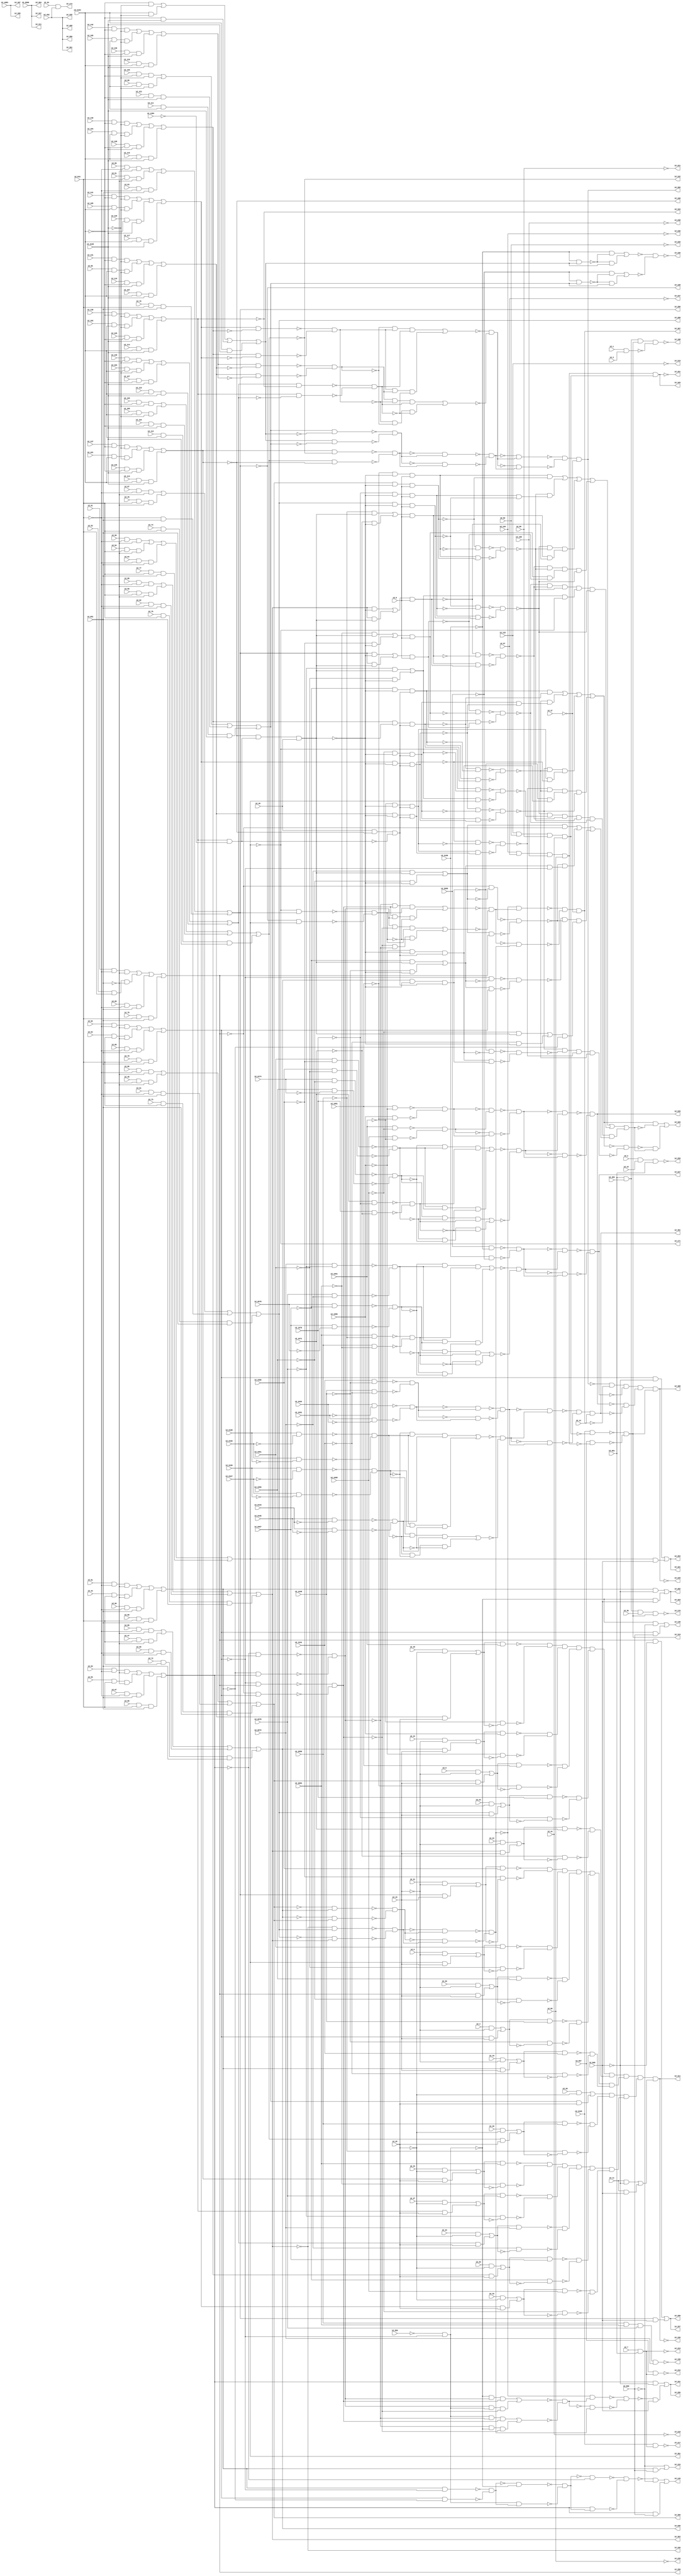
module c2670
( id_1 ,id_2 ,id_3 ,id_4 ,id_5 ,id_6 ,id_7 ,id_8 ,id_11 ,id_14 ,id_15 ,id_16 ,id_19 ,id_20 ,id_21 ,id_22 ,id_23 ,id_24 ,id_25 
,id_26 ,id_27 ,id_28 ,id_29 ,id_32 ,id_33 ,id_34 ,id_35 ,id_36 ,id_37 ,id_40 ,id_43 ,id_44 ,id_47 ,id_48 ,id_49 ,id_50 ,id_51 
,id_52 ,id_53 ,id_54 ,id_55 ,id_56 ,id_57 ,id_60 ,id_61 ,id_62 ,id_63 ,id_64 ,id_65 ,id_66 ,id_67 ,id_68 ,id_69 ,id_72 ,id_73 
,id_74 ,id_75 ,id_76 ,id_77 ,id_78 ,id_79 ,id_80 ,id_81 ,id_82 ,id_85 ,id_86 ,id_87 ,id_88 ,id_89 ,id_90 ,id_91 ,id_92 ,id_93 
,id_94 ,id_95 ,id_96 ,id_99 ,id_100 ,id_101 ,id_102 ,id_103 ,id_104 ,id_105 ,id_106 ,id_107 ,id_108 ,id_111 ,id_112 ,id_113 ,id_114 
,id_115 ,id_116 ,id_117 ,id_118 ,id_119 ,id_120 ,id_123 ,id_124 ,id_125 ,id_126 ,id_127 ,id_128 ,id_129 ,id_130 ,id_131 ,id_132 
,id_135 ,id_136 ,id_137 ,id_138 ,id_139 ,id_140 ,id_141 ,id_142 ,id_452 ,id_483 ,id_543 ,id_559 ,id_567 ,id_651 ,id_661 ,id_860 
,id_868 ,id_1083 ,id_1341 ,id_1348 ,id_1384 ,id_1956 ,id_1961 ,id_1966 ,id_1971 ,id_1976 ,id_1981 ,id_1986 ,id_1991 ,id_1996 
,id_2066 ,id_2067 ,id_2072 ,id_2078 ,id_2084 ,id_2090 ,id_2096 ,id_2100 ,id_2104 ,id_2105 ,id_2106 ,id_2427 ,id_2430 ,id_2435 
,id_2438 ,id_2443 ,id_2446 ,id_2451 ,id_2454 ,id_2474 ,id_2678 ,id_350 ,id_335 ,id_409 ,id_369 ,id_367 ,id_411 ,id_337 ,id_384 
,id_218 ,id_219 ,id_220 ,id_221 ,id_235 ,id_236 ,id_237 ,id_238 ,id_158 ,id_259 ,id_391 ,id_173 ,id_223 ,id_234 ,id_217 ,id_325 
,id_261 ,id_319 ,id_160 ,id_162 ,id_164 ,id_166 ,id_168 ,id_171 ,id_153 ,id_176 ,id_188 ,id_299 ,id_301 ,id_286 ,id_303 ,id_288 
,id_305 ,id_290 ,id_284 ,id_321 ,id_297 ,id_280 ,id_148 ,id_282 ,id_323 ,id_156 ,id_401 ,id_227 ,id_229 ,id_311 ,id_150 ,id_145 
,id_395 ,id_295 ,id_331 ,id_397 ,id_329 ,id_308 ,id_225 /*, id_231*/ );

input id_1, id_2, id_3, id_4, id_5, id_6, id_7, id_8, id_11, id_14, id_15, id_16, id_19, id_20, id_21, id_22, id_23, id_24, id_25, id_26, id_27, id_28, id_29, id_32, id_33, id_34, id_35, id_36, id_37, id_40, id_43, id_44, id_47, id_48, id_49, id_50, id_51, id_52, id_53, id_54, id_55, id_56, id_57, id_60, id_61, id_62, id_63, id_64, id_65, id_66, id_67, id_68, id_69, id_72, id_73, id_74, id_75, id_76, id_77, id_78, id_79, id_80, id_81, id_82, id_85, id_86, id_87, id_88, id_89, id_90, id_91, id_92, id_93, id_94, id_95, id_96, id_99, id_100, id_101, id_102, id_103, id_104, id_105, id_106, id_107, id_108, id_111, id_112, id_113, id_114, id_115, id_116, id_117, id_118, id_119, id_120, id_123, id_124, id_125, id_126, id_127, id_128, id_129, id_130, id_131, id_132, id_135, id_136, id_137, id_138, id_139, id_140, id_141, id_142, id_452, id_483, id_543, id_559, id_567, id_651, id_661, id_860, id_868, id_1083, id_1341, id_1348, id_1384, id_1956, id_1961, id_1966, id_1971, id_1976, id_1981, id_1986, id_1991, id_1996, id_2066, id_2067, id_2072, id_2078, id_2084, id_2090, id_2096, id_2100, id_2104, id_2105, id_2106, id_2427, id_2430, id_2435, id_2438, id_2443, id_2446, id_2451, id_2454, id_2474, id_2678;

output id_350, id_335, id_409, id_369, id_367, id_411, id_337, id_384, id_218, id_219, id_220, id_221, id_235, id_236, id_237, id_238, id_158, id_259, id_391, id_173, id_223, id_234, id_217, id_325, id_261, id_319, id_160, id_162, id_164, id_166, id_168, id_171, id_153, id_176, id_188, id_299, id_301, id_286, id_303, id_288, id_305, id_290, id_284, id_321, id_297, id_280, id_148, id_282, id_323, id_156, id_401, id_227, id_229, id_311, id_150, id_145, id_395, id_295, id_331, id_397, id_329, /*id_231,*/ id_308, id_225;

buf ( id_350, id_452);
buf ( id_335, id_452);
buf ( id_409, id_452);
and ( id_546, id_1, id_3);
not ( id_560, id_559);
buf ( id_369, id_1083);
buf ( id_367, id_1083);
not ( id_1385, id_1384);
buf ( id_411, id_2066);
buf ( id_337, id_2066);
buf ( id_384, id_2066);
and ( id_157, id_2090, id_2084, id_2078, id_2072);
not ( id_547, id_546);
not ( id_218, id_44);
not ( id_219, id_132);
not ( id_220, id_82);
not ( id_221, id_96);
not ( id_235, id_69);
not ( id_236, id_120);
not ( id_237, id_57);
not ( id_238, id_108);
and ( id_258, id_2, id_15, id_661);
buf ( id_480, id_661);
and ( id_486, id_37, id_37);
buf ( id_654, id_452);
buf ( id_655, id_8);
buf ( id_658, id_8);
buf ( id_772, id_543);
buf ( id_795, id_651);
not ( id_865, id_860);
not ( id_875, id_868);
and ( id_882, id_11, id_868);
and ( id_1251, id_132, id_82, id_96, id_44);
and ( id_1254, id_120, id_57, id_108, id_69);
buf ( id_1261, id_543);
buf ( id_1284, id_651);
not ( id_1344, id_1341);
not ( id_1351, id_1348);
buf ( id_1394, id_2104);
buf ( id_1418, id_2105);
not ( id_2433, id_2427);
not ( id_2434, id_2430);
not ( id_2441, id_2435);
not ( id_2442, id_2438);
not ( id_2449, id_2443);
not ( id_2450, id_2446);
not ( id_2478, id_2474);
buf ( id_1631, id_2104);
buf ( id_1655, id_2105);
buf ( id_1710, id_16);
buf ( id_1721, id_16);
not ( id_2682, id_2678);
and ( id_1955, id_7, id_661);
not ( id_1959, id_1956);
not ( id_1964, id_1961);
not ( id_1969, id_1966);
not ( id_1974, id_1971);
not ( id_1979, id_1976);
not ( id_1984, id_1981);
not ( id_1989, id_1986);
not ( id_1994, id_1991);
not ( id_1999, id_1996);
buf ( id_2001, id_29);
buf ( id_2012, id_29);
not ( id_2070, id_2067);
not ( id_2076, id_2072);
not ( id_2082, id_2078);
not ( id_2088, id_2084);
not ( id_2094, id_2090);
not ( id_2099, id_2096);
not ( id_2103, id_2100);
not ( id_2457, id_2451);
not ( id_2458, id_2454);
buf ( id_2461, id_1348);
buf ( id_2464, id_1341);
buf ( id_2471, id_1956);
buf ( id_2479, id_1966);
buf ( id_2482, id_1961);
buf ( id_2487, id_1976);
buf ( id_2490, id_1971);
buf ( id_2495, id_1986);
buf ( id_2498, id_1981);
buf ( id_2505, id_1996);
buf ( id_2508, id_1991);
buf ( id_2675, id_2067);
buf ( id_2683, id_2078);
buf ( id_2686, id_2072);
buf ( id_2691, id_2090);
buf ( id_2694, id_2084);
buf ( id_2699, id_2100);
buf ( id_2702, id_2096);
not ( id_158, id_157);
not ( id_259, id_258);
not ( id_487, id_486);
buf ( id_391, id_654);
nand ( id_1475, id_2430, id_2433);
nand ( id_1476, id_2427, id_2434);
nand ( id_1484, id_2438, id_2441);
nand ( id_1485, id_2435, id_2442);
nand ( id_1493, id_2446, id_2449);
nand ( id_1494, id_2443, id_2450);
nand ( id_2459, id_2454, id_2457);
nand ( id_2460, id_2451, id_2458);
and ( id_173, id_94, id_654);
and ( id_216, id_2106, id_1955);
not ( id_223, id_1955);
nand ( id_234, id_567, id_1955);
not ( id_1253, id_1251);
not ( id_1256, id_1254);
and ( id_558, id_1254, id_1251);
buf ( id_748, id_655);
not ( id_784, id_772);
not ( id_807, id_795);
and ( id_821, id_80, id_772, id_795);
and ( id_825, id_68, id_772, id_795);
and ( id_829, id_79, id_772, id_795);
and ( id_833, id_78, id_772, id_795);
and ( id_837, id_77, id_772, id_795);
and ( id_881, id_11, id_875);
buf ( id_994, id_655);
not ( id_1273, id_1261);
not ( id_1296, id_1284);
and ( id_1310, id_76, id_1261, id_1284);
and ( id_1314, id_75, id_1261, id_1284);
and ( id_1318, id_74, id_1261, id_1284);
and ( id_1322, id_73, id_1261, id_1284);
and ( id_1326, id_72, id_1261, id_1284);
not ( id_1406, id_1394);
not ( id_1430, id_1418);
and ( id_1444, id_114, id_1394, id_1418);
and ( id_1448, id_113, id_1394, id_1418);
and ( id_1452, id_112, id_1394, id_1418);
and ( id_1456, id_111, id_1394, id_1418);
and ( id_1460, id_1394, id_1418);
nand ( id_1477, id_1475, id_1476);
nand ( id_1486, id_1484, id_1485);
nand ( id_1495, id_1493, id_1494);
not ( id_2477, id_2471);
nand ( id_1499, id_2471, id_2478);
not ( id_2485, id_2479);
not ( id_2486, id_2482);
not ( id_2493, id_2487);
not ( id_2494, id_2490);
not ( id_1643, id_1631);
not ( id_1667, id_1655);
and ( id_1681, id_118, id_1631, id_1655);
and ( id_1685, id_107, id_1631, id_1655);
and ( id_1689, id_117, id_1631, id_1655);
and ( id_1693, id_116, id_1631, id_1655);
and ( id_1697, id_115, id_1631, id_1655);
not ( id_1716, id_1710);
not ( id_1728, id_1721);
not ( id_2681, id_2675);
nand ( id_1776, id_2675, id_2682);
not ( id_2689, id_2683);
not ( id_2690, id_2686);
not ( id_2697, id_2691);
not ( id_2698, id_2694);
buf ( id_1831, id_658);
buf ( id_1893, id_658);
not ( id_2007, id_2001);
not ( id_2018, id_2012);
not ( id_2467, id_2461);
not ( id_2468, id_2464);
not ( id_2501, id_2495);
not ( id_2502, id_2498);
not ( id_2511, id_2505);
not ( id_2512, id_2508);
nand ( id_2518, id_2459, id_2460);
buf ( id_2551, id_1344);
buf ( id_2559, id_1351);
buf ( id_2567, id_1959);
buf ( id_2575, id_1964);
buf ( id_2583, id_1969);
buf ( id_2591, id_1974);
buf ( id_2599, id_1979);
buf ( id_2607, id_1984);
buf ( id_2615, id_1989);
buf ( id_2623, id_1994);
not ( id_2705, id_2699);
not ( id_2706, id_2702);
buf ( id_2735, id_1999);
buf ( id_2743, id_2070);
buf ( id_2751, id_2076);
buf ( id_2759, id_2082);
buf ( id_2767, id_2088);
buf ( id_2775, id_2094);
not ( id_217, id_216);
and ( id_550, id_2106, id_1253);
and ( id_552, id_567, id_1256);
buf ( id_325, id_558);
or ( id_894, id_881, id_882);
nand ( id_1498, id_2474, id_2477);
nand ( id_1507, id_2482, id_2485);
nand ( id_1508, id_2479, id_2486);
nand ( id_1516, id_2490, id_2493);
nand ( id_1517, id_2487, id_2494);
nand ( id_1775, id_2678, id_2681);
nand ( id_1784, id_2686, id_2689);
nand ( id_1785, id_2683, id_2690);
nand ( id_1793, id_2694, id_2697);
nand ( id_1794, id_2691, id_2698);
nand ( id_2469, id_2464, id_2467);
nand ( id_2470, id_2461, id_2468);
nand ( id_2503, id_2498, id_2501);
nand ( id_2504, id_2495, id_2502);
nand ( id_2513, id_2508, id_2511);
nand ( id_2514, id_2505, id_2512);
nand ( id_2707, id_2702, id_2705);
nand ( id_2708, id_2699, id_2706);
not ( id_261, id_558);
not ( id_551, id_550);
not ( id_553, id_552);
and ( id_818, id_93, id_784, id_807);
and ( id_819, id_55, id_772, id_807);
and ( id_820, id_67, id_784, id_795);
and ( id_822, id_81, id_784, id_807);
and ( id_823, id_43, id_772, id_807);
and ( id_824, id_56, id_784, id_795);
and ( id_826, id_92, id_784, id_807);
and ( id_827, id_54, id_772, id_807);
and ( id_828, id_66, id_784, id_795);
and ( id_830, id_91, id_784, id_807);
and ( id_831, id_53, id_772, id_807);
and ( id_832, id_65, id_784, id_795);
and ( id_834, id_90, id_784, id_807);
and ( id_835, id_52, id_772, id_807);
and ( id_836, id_64, id_784, id_795);
and ( id_1307, id_89, id_1273, id_1296);
and ( id_1308, id_51, id_1261, id_1296);
and ( id_1309, id_63, id_1273, id_1284);
and ( id_1311, id_88, id_1273, id_1296);
and ( id_1312, id_50, id_1261, id_1296);
and ( id_1313, id_62, id_1273, id_1284);
and ( id_1315, id_87, id_1273, id_1296);
and ( id_1316, id_49, id_1261, id_1296);
and ( id_1317, id_1273, id_1284);
and ( id_1319, id_86, id_1273, id_1296);
and ( id_1320, id_48, id_1261, id_1296);
and ( id_1321, id_61, id_1273, id_1284);
and ( id_1323, id_85, id_1273, id_1296);
and ( id_1324, id_47, id_1261, id_1296);
and ( id_1325, id_60, id_1273, id_1284);
and ( id_1441, id_138, id_1406, id_1430);
and ( id_1442, id_102, id_1394, id_1430);
and ( id_1443, id_126, id_1406, id_1418);
and ( id_1445, id_137, id_1406, id_1430);
and ( id_1446, id_101, id_1394, id_1430);
and ( id_1447, id_125, id_1406, id_1418);
and ( id_1449, id_136, id_1406, id_1430);
and ( id_1450, id_100, id_1394, id_1430);
and ( id_1451, id_124, id_1406, id_1418);
and ( id_1453, id_135, id_1406, id_1430);
and ( id_1454, id_99, id_1394, id_1430);
and ( id_1455, id_123, id_1406, id_1418);
and ( id_1457, id_1406, id_1430);
and ( id_1458, id_1394, id_1430);
and ( id_1459, id_1406, id_1418);
not ( id_1481, id_1477);
not ( id_1490, id_1486);
nand ( id_1500, id_1498, id_1499);
nand ( id_1509, id_1507, id_1508);
nand ( id_1518, id_1516, id_1517);
buf ( id_1521, id_1495);
buf ( id_1525, id_1495);
not ( id_2557, id_2551);
not ( id_2565, id_2559);
not ( id_2573, id_2567);
not ( id_2581, id_2575);
not ( id_2589, id_2583);
not ( id_2597, id_2591);
not ( id_2605, id_2599);
not ( id_2613, id_2607);
not ( id_2621, id_2615);
not ( id_2629, id_2623);
and ( id_1678, id_142, id_1643, id_1667);
and ( id_1679, id_106, id_1631, id_1667);
and ( id_1680, id_130, id_1643, id_1655);
and ( id_1682, id_131, id_1643, id_1667);
and ( id_1683, id_95, id_1631, id_1667);
and ( id_1684, id_119, id_1643, id_1655);
and ( id_1686, id_141, id_1643, id_1667);
and ( id_1687, id_105, id_1631, id_1667);
and ( id_1688, id_129, id_1643, id_1655);
and ( id_1690, id_140, id_1643, id_1667);
and ( id_1691, id_104, id_1631, id_1667);
and ( id_1692, id_128, id_1643, id_1655);
and ( id_1694, id_139, id_1643, id_1667);
and ( id_1695, id_103, id_1631, id_1667);
and ( id_1696, id_127, id_1643, id_1655);
and ( id_1734, id_19, id_1716);
and ( id_1736, id_4, id_1716);
and ( id_1738, id_20, id_1716);
and ( id_1740, id_5, id_1716);
and ( id_1742, id_21, id_1728);
and ( id_1744, id_22, id_1728);
and ( id_1746, id_23, id_1728);
and ( id_1748, id_6, id_1728);
and ( id_1750, id_24, id_1728);
nand ( id_1777, id_1775, id_1776);
nand ( id_1786, id_1784, id_1785);
nand ( id_1795, id_1793, id_1794);
and ( id_2023, id_25, id_2007);
and ( id_2025, id_32, id_2007);
and ( id_2027, id_26, id_2007);
and ( id_2029, id_33, id_2007);
and ( id_2031, id_27, id_2018);
and ( id_2033, id_34, id_2018);
and ( id_2035, id_35, id_2018);
and ( id_2037, id_28, id_2018);
not ( id_2741, id_2735);
not ( id_2749, id_2743);
not ( id_2757, id_2751);
not ( id_2765, id_2759);
not ( id_2773, id_2767);
not ( id_2781, id_2775);
nand ( id_2515, id_2469, id_2470);
not ( id_2522, id_2518);
nand ( id_2525, id_2513, id_2514);
nand ( id_2528, id_2503, id_2504);
nand ( id_2730, id_2707, id_2708);
and ( id_554, id_551, id_553);
or ( id_838, id_818, id_819, id_820, id_821);
or ( id_841, id_822, id_823, id_824, id_825);
or ( id_846, id_826, id_827, id_828, id_829);
or ( id_854, id_830, id_831, id_832, id_833);
or ( id_857, id_834, id_835, id_836, id_837);
or ( id_1327, id_1307, id_1308, id_1309, id_1310);
or ( id_1329, id_1311, id_1312, id_1313, id_1314);
or ( id_1331, id_1315, id_1316, id_1317, id_1318);
or ( id_1333, id_1319, id_1320, id_1321, id_1322);
or ( id_1335, id_1323, id_1324, id_1325, id_1326);
or ( id_1461, id_1441, id_1442, id_1443, id_1444);
or ( id_1464, id_1445, id_1446, id_1447, id_1448);
or ( id_1467, id_1449, id_1450, id_1451, id_1452);
or ( id_1470, id_1453, id_1454, id_1455, id_1456);
or ( id_1473, id_1457, id_1458, id_1459, id_1460);
or ( id_1698, id_1682, id_1683, id_1684, id_1685);
or ( id_1701, id_1686, id_1687, id_1688, id_1689);
or ( id_1704, id_1690, id_1691, id_1692, id_1693);
or ( id_1707, id_1694, id_1695, id_1696, id_1697);
or ( id_2634, id_1678, id_1679, id_1680, id_1681);
buf ( id_319, id_554);
not ( id_1504, id_1500);
not ( id_1513, id_1509);
not ( id_1524, id_1521);
not ( id_1528, id_1525);
buf ( id_1529, id_1518);
buf ( id_1533, id_1518);
and ( id_1538, id_1486, id_1477, id_1521);
and ( id_1541, id_1490, id_1481, id_1525);
not ( id_1781, id_1777);
not ( id_1790, id_1786);
buf ( id_1806, id_1795);
buf ( id_1810, id_1795);
not ( id_2734, id_2730);
not ( id_2521, id_2515);
nand ( id_2524, id_2515, id_2522);
not ( id_2531, id_2525);
not ( id_2532, id_2528);
and ( id_144, id_838, id_860);
and ( id_147, id_846, id_860);
and ( id_152, id_841, id_860);
not ( id_160, id_1464);
not ( id_162, id_1467);
not ( id_164, id_1461);
not ( id_166, id_1329);
not ( id_168, id_1327);
not ( id_171, id_857);
and ( id_175, id_480, id_483, id_36, id_554);
and ( id_187, id_480, id_483, id_554, id_547);
buf ( id_516, id_838);
not ( id_852, id_846);
and ( id_885, id_841, id_875);
and ( id_887, id_846, id_875);
and ( id_893, id_1327, id_868);
not ( id_1028, id_838);
not ( id_1031, id_841);
not ( id_1035, id_846);
buf ( id_1041, id_854);
buf ( id_1049, id_857);
buf ( id_1057, id_1327);
buf ( id_1060, id_1329);
buf ( id_1066, id_1331);
buf ( id_1072, id_1333);
buf ( id_1078, id_1335);
nand ( id_1213, id_2099, id_1470);
nand ( id_1218, id_2103, id_1473);
buf ( id_1250, id_1704);
and ( id_1387, id_1461, id_1385);
not ( id_1389, id_1464);
and ( id_1537, id_1481, id_1486, id_1524);
and ( id_1540, id_1477, id_1490, id_1528);
and ( id_1735, id_841, id_1710);
and ( id_1737, id_846, id_1710);
and ( id_1739, id_854, id_1710);
and ( id_1741, id_857, id_1710);
and ( id_1743, id_1327, id_1721);
and ( id_1745, id_1329, id_1721);
and ( id_1747, id_1331, id_1721);
and ( id_1749, id_1333, id_1721);
and ( id_1751, id_1335, id_1721);
not ( id_2638, id_2634);
and ( id_2024, id_1698, id_2001);
and ( id_2026, id_1701, id_2001);
and ( id_2028, id_1704, id_2001);
and ( id_2030, id_1707, id_2001);
and ( id_2032, id_1461, id_2012);
and ( id_2034, id_1464, id_2012);
and ( id_2036, id_1467, id_2012);
and ( id_2038, id_1470, id_2012);
buf ( id_2154, id_841);
nand ( id_2523, id_2518, id_2521);
nand ( id_2533, id_2528, id_2531);
nand ( id_2534, id_2525, id_2532);
buf ( id_2631, id_1698);
buf ( id_2639, id_1704);
buf ( id_2642, id_1701);
buf ( id_2647, id_1461);
buf ( id_2650, id_1707);
buf ( id_2655, id_1467);
buf ( id_2658, id_1464);
buf ( id_2665, id_1473);
buf ( id_2668, id_1470);
or ( id_153, id_865, id_152);
not ( id_176, id_175);
not ( id_188, id_187);
buf ( id_299, id_1041);
buf ( id_301, id_1049);
buf ( id_286, id_1057);
buf ( id_303, id_1060);
buf ( id_288, id_1066);
buf ( id_305, id_1072);
buf ( id_290, id_1078);
not ( id_1532, id_1529);
not ( id_1536, id_1533);
nor ( id_1539, id_1537, id_1538);
nor ( id_1542, id_1540, id_1541);
and ( id_1544, id_1509, id_1500, id_1529);
and ( id_1547, id_1513, id_1504, id_1533);
or ( id_2065, id_2037, id_2038);
not ( id_1809, id_1806);
not ( id_1813, id_1810);
and ( id_1821, id_1786, id_1777, id_1806);
and ( id_1824, id_1790, id_1781, id_1810);
nand ( id_2538, id_2523, id_2524);
nand ( id_2546, id_2533, id_2534);
or ( id_2554, id_1734, id_1735);
or ( id_2562, id_1736, id_1737);
or ( id_2570, id_1738, id_1739);
or ( id_2578, id_1740, id_1741);
or ( id_2586, id_1742, id_1743);
or ( id_2594, id_1744, id_1745);
or ( id_2602, id_1746, id_1747);
or ( id_2610, id_1748, id_1749);
or ( id_2618, id_1750, id_1751);
or ( id_2626, id_2023, id_2024);
or ( id_2738, id_2025, id_2026);
or ( id_2746, id_2027, id_2028);
or ( id_2754, id_2029, id_2030);
or ( id_2762, id_2031, id_2032);
or ( id_2770, id_2033, id_2034);
or ( id_2778, id_2035, id_2036);
and ( id_456, id_1389, id_1387, id_40);
not ( id_466, id_1387);
nand ( id_562, id_560, id_852);
and ( id_883, id_516, id_875);
and ( id_889, id_1049, id_868);
and ( id_891, id_1041, id_875);
not ( id_1043, id_1041);
not ( id_1051, id_1049);
not ( id_1062, id_1060);
not ( id_1068, id_1066);
not ( id_1074, id_1072);
not ( id_1080, id_1078);
and ( id_1225, id_2099, id_1213);
and ( id_1227, id_1213, id_1470);
and ( id_1232, id_2103, id_1218);
and ( id_1234, id_1218, id_1473);
and ( id_1543, id_1504, id_1509, id_1532);
and ( id_1546, id_1500, id_1513, id_1536);
not ( id_2637, id_2631);
nand ( id_1753, id_2631, id_2638);
not ( id_2645, id_2639);
not ( id_2646, id_2642);
not ( id_2653, id_2647);
not ( id_2654, id_2650);
and ( id_1820, id_1781, id_1786, id_1809);
and ( id_1823, id_1777, id_1790, id_1813);
buf ( id_2107, id_1031);
buf ( id_2110, id_1028);
buf ( id_2118, id_1035);
not ( id_2123, id_1057);
not ( id_2151, id_852);
not ( id_2158, id_2154);
buf ( id_2161, id_1031);
buf ( id_2164, id_1028);
buf ( id_2172, id_1035);
buf ( id_2235, id_516);
buf ( id_2262, id_1035);
buf ( id_2350, id_1035);
nand ( id_2535, id_1542, id_1539);
not ( id_2661, id_2655);
not ( id_2662, id_2658);
not ( id_2671, id_2665);
not ( id_2672, id_2668);
and ( id_468, id_40, id_1389, id_466);
or ( id_897, id_887, id_889);
or ( id_898, id_891, id_893);
or ( id_1228, id_1225, id_1227);
or ( id_1235, id_1232, id_1234);
nor ( id_1545, id_1543, id_1544);
nor ( id_1548, id_1546, id_1547);
not ( id_2542, id_2538);
not ( id_2550, id_2546);
nand ( id_1561, id_2554, id_2557);
not ( id_2558, id_2554);
nand ( id_1565, id_2562, id_2565);
not ( id_2566, id_2562);
nand ( id_1569, id_2570, id_2573);
not ( id_2574, id_2570);
nand ( id_1573, id_2578, id_2581);
not ( id_2582, id_2578);
nand ( id_1577, id_2586, id_2589);
not ( id_2590, id_2586);
nand ( id_1581, id_2594, id_2597);
not ( id_2598, id_2594);
nand ( id_1585, id_2602, id_2605);
not ( id_2606, id_2602);
nand ( id_1589, id_2610, id_2613);
not ( id_2614, id_2610);
nand ( id_1593, id_2618, id_2621);
not ( id_2622, id_2618);
nand ( id_1597, id_2626, id_2629);
not ( id_2630, id_2626);
nand ( id_1752, id_2634, id_2637);
nand ( id_1761, id_2642, id_2645);
nand ( id_1762, id_2639, id_2646);
nand ( id_1770, id_2650, id_2653);
nand ( id_1771, id_2647, id_2654);
nor ( id_1822, id_1820, id_1821);
nor ( id_1825, id_1823, id_1824);
nand ( id_2039, id_2738, id_2741);
not ( id_2742, id_2738);
nand ( id_2043, id_2746, id_2749);
not ( id_2750, id_2746);
nand ( id_2047, id_2754, id_2757);
not ( id_2758, id_2754);
nand ( id_2051, id_2762, id_2765);
not ( id_2766, id_2762);
nand ( id_2055, id_2770, id_2773);
not ( id_2774, id_2770);
nand ( id_2059, id_2778, id_2781);
not ( id_2782, id_2778);
nand ( id_2663, id_2658, id_2661);
nand ( id_2664, id_2655, id_2662);
nand ( id_2673, id_2668, id_2671);
nand ( id_2674, id_2665, id_2672);
and ( id_146, id_562, id_865);
not ( id_462, id_456);
not ( id_2113, id_2107);
not ( id_2114, id_2110);
not ( id_2122, id_2118);
not ( id_2129, id_2123);
buf ( id_592, id_562);
not ( id_2167, id_2161);
not ( id_2168, id_2164);
not ( id_2176, id_2172);
not ( id_2241, id_2235);
not ( id_2266, id_2262);
not ( id_743, id_456);
buf ( id_749, id_456);
and ( id_886, id_562, id_868);
buf ( id_284, id_897);
buf ( id_321, id_897);
buf ( id_297, id_898);
buf ( id_280, id_898);
buf ( id_995, id_456);
not ( id_1006, id_456);
nand ( id_1550, id_2535, id_2542);
not ( id_2354, id_2350);
not ( id_2541, id_2535);
nand ( id_1562, id_2551, id_2558);
nand ( id_1566, id_2559, id_2566);
nand ( id_1570, id_2567, id_2574);
nand ( id_1574, id_2575, id_2582);
nand ( id_1578, id_2583, id_2590);
nand ( id_1582, id_2591, id_2598);
nand ( id_1586, id_2599, id_2606);
nand ( id_1590, id_2607, id_2614);
nand ( id_1594, id_2615, id_2622);
nand ( id_1598, id_2623, id_2630);
nand ( id_1754, id_1752, id_1753);
nand ( id_1763, id_1761, id_1762);
nand ( id_1772, id_1770, id_1771);
nand ( id_2040, id_2735, id_2742);
nand ( id_2044, id_2743, id_2750);
nand ( id_2048, id_2751, id_2758);
nand ( id_2052, id_2759, id_2766);
nand ( id_2056, id_2767, id_2774);
nand ( id_2060, id_2775, id_2782);
buf ( id_2115, id_1043);
buf ( id_2126, id_1051);
buf ( id_2131, id_1068);
buf ( id_2134, id_1062);
buf ( id_2141, id_1080);
buf ( id_2144, id_1074);
not ( id_2157, id_2151);
nand ( id_2160, id_2151, id_2158);
buf ( id_2169, id_1043);
buf ( id_2177, id_1068);
buf ( id_2180, id_1062);
buf ( id_2187, id_1080);
buf ( id_2190, id_1074);
not ( id_2207, id_562);
buf ( id_2254, id_1043);
buf ( id_2334, id_1051);
buf ( id_2342, id_1043);
buf ( id_2422, id_1051);
nand ( id_2543, id_1548, id_1545);
nand ( id_2709, id_2673, id_2674);
nand ( id_2712, id_2663, id_2664);
nand ( id_2727, id_1825, id_1822);
or ( id_148, id_146, id_147);
nand ( id_569, id_2110, id_2113);
nand ( id_570, id_2107, id_2114);
nand ( id_599, id_2164, id_2167);
nand ( id_600, id_2161, id_2168);
or ( id_896, id_885, id_886);
nand ( id_1549, id_2538, id_2541);
not ( id_1243, id_1228);
not ( id_1245, id_1235);
buf ( id_1257, id_468);
buf ( id_1258, id_468);
nand ( id_1563, id_1561, id_1562);
nand ( id_1567, id_1565, id_1566);
nand ( id_1571, id_1569, id_1570);
nand ( id_1575, id_1573, id_1574);
nand ( id_1579, id_1577, id_1578);
nand ( id_1583, id_1581, id_1582);
nand ( id_1587, id_1585, id_1586);
nand ( id_1591, id_1589, id_1590);
nand ( id_1595, id_1593, id_1594);
nand ( id_1599, id_1597, id_1598);
nand ( id_2041, id_2039, id_2040);
nand ( id_2045, id_2043, id_2044);
nand ( id_2049, id_2047, id_2048);
nand ( id_2053, id_2051, id_2052);
nand ( id_2057, id_2055, id_2056);
nand ( id_2061, id_2059, id_2060);
nand ( id_2159, id_2154, id_2157);
buf ( id_475, id_462);
and ( id_490, id_1078, id_743);
and ( id_496, id_1698, id_743);
and ( id_502, id_1701, id_743);
and ( id_508, id_1250, id_743);
and ( id_765, id_1057, id_749);
and ( id_769, id_1060, id_749);
nand ( id_571, id_569, id_570);
not ( id_2121, id_2115);
nand ( id_579, id_2115, id_2122);
nand ( id_587, id_2126, id_2129);
not ( id_2130, id_2126);
not ( id_596, id_592);
nand ( id_601, id_599, id_600);
not ( id_2175, id_2169);
nand ( id_609, id_2169, id_2176);
not ( id_2258, id_2254);
and ( id_1014, id_1057, id_995);
and ( id_1018, id_1060, id_995);
and ( id_717, id_1078, id_1006);
and ( id_723, id_1698, id_1006);
and ( id_729, id_1701, id_1006);
and ( id_735, id_1250, id_1006);
not ( id_753, id_749);
buf ( id_282, id_896);
buf ( id_323, id_896);
not ( id_2338, id_2334);
not ( id_999, id_995);
nand ( id_1091, id_1549, id_1550);
not ( id_2346, id_2342);
not ( id_2426, id_2422);
buf ( id_1337, id_462);
not ( id_2549, id_2543);
nand ( id_1552, id_2543, id_2550);
not ( id_1600, id_1599);
not ( id_1596, id_1595);
not ( id_1592, id_1591);
not ( id_1588, id_1587);
not ( id_1584, id_1583);
not ( id_1580, id_1579);
not ( id_1576, id_1575);
not ( id_1572, id_1571);
not ( id_1568, id_1567);
not ( id_1564, id_1563);
not ( id_2062, id_2061);
not ( id_2058, id_2057);
not ( id_2054, id_2053);
not ( id_2050, id_2049);
not ( id_2046, id_2045);
not ( id_2042, id_2041);
not ( id_1758, id_1754);
not ( id_1767, id_1763);
buf ( id_1798, id_1772);
buf ( id_1802, id_1772);
not ( id_2733, id_2727);
nand ( id_1829, id_2727, id_2734);
not ( id_2137, id_2131);
not ( id_2138, id_2134);
not ( id_2147, id_2141);
not ( id_2148, id_2144);
not ( id_2183, id_2177);
not ( id_2184, id_2180);
not ( id_2193, id_2187);
not ( id_2194, id_2190);
nand ( id_2210, id_2159, id_2160);
not ( id_2213, id_2207);
not ( id_2715, id_2709);
not ( id_2716, id_2712);
and ( id_1094, id_1235, id_1245);
and ( id_1096, id_1228, id_1243);
nand ( id_578, id_2118, id_2121);
nand ( id_588, id_2123, id_2130);
nand ( id_608, id_2172, id_2175);
buf ( id_742, id_1257);
buf ( id_1005, id_1257);
not ( id_1092, id_1091);
nand ( id_1551, id_2546, id_2549);
and ( id_1554, id_1600, id_1596, id_1592, id_1588, id_1584);
and ( id_1555, id_1580, id_1576, id_1572, id_1568, id_1564);
and ( id_1557, id_2065, id_2062);
and ( id_1558, id_2058, id_2054, id_2050, id_2046, id_2042);
nand ( id_1828, id_2730, id_2733);
buf ( id_1845, id_1258);
buf ( id_1907, id_1258);
nand ( id_2139, id_2134, id_2137);
nand ( id_2140, id_2131, id_2138);
nand ( id_2149, id_2144, id_2147);
nand ( id_2150, id_2141, id_2148);
nand ( id_2185, id_2180, id_2183);
nand ( id_2186, id_2177, id_2184);
nand ( id_2195, id_2190, id_2193);
nand ( id_2196, id_2187, id_2194);
nand ( id_2717, id_2712, id_2715);
nand ( id_2718, id_2709, id_2716);
or ( id_154, id_1094, id_1245);
or ( id_155, id_1096, id_1243);
and ( id_763, id_1057, id_753);
and ( id_767, id_1060, id_753);
and ( id_531, id_1066, id_753);
and ( id_537, id_1072, id_753);
not ( id_575, id_571);
nand ( id_580, id_578, id_579);
nand ( id_589, id_587, id_588);
not ( id_605, id_601);
nand ( id_610, id_608, id_609);
and ( id_1012, id_1057, id_999);
and ( id_1016, id_1060, id_999);
and ( id_705, id_1066, id_999);
and ( id_711, id_1072, id_999);
and ( id_1093, id_1092, id_14);
buf ( id_1355, id_475);
nand ( id_1553, id_1551, id_1552);
and ( id_1556, id_1554, id_1555);
and ( id_1559, id_1557, id_1558);
buf ( id_1601, id_1337);
not ( id_1801, id_1798);
not ( id_1805, id_1802);
and ( id_1815, id_1763, id_1754, id_1798);
and ( id_1818, id_1767, id_1758, id_1802);
nand ( id_1830, id_1828, id_1829);
buf ( id_1836, id_475);
buf ( id_1850, id_475);
buf ( id_1898, id_1337);
buf ( id_1912, id_1337);
nand ( id_2197, id_2149, id_2150);
nand ( id_2200, id_2139, id_2140);
not ( id_2214, id_2210);
nand ( id_2215, id_2210, id_2213);
nand ( id_2217, id_2195, id_2196);
nand ( id_2220, id_2185, id_2186);
nand ( id_2722, id_2717, id_2718);
nand ( id_156, id_154, id_155);
and ( id_492, id_490, id_742);
and ( id_498, id_496, id_742);
and ( id_504, id_502, id_742);
and ( id_510, id_508, id_742);
or ( id_519, id_763, id_765);
or ( id_525, id_767, id_769);
and ( id_533, id_531, id_748);
and ( id_539, id_537, id_748);
or ( id_693, id_1012, id_1014);
or ( id_699, id_1016, id_1018);
and ( id_707, id_705, id_994);
and ( id_713, id_711, id_994);
and ( id_719, id_717, id_1005);
and ( id_725, id_723, id_1005);
and ( id_731, id_729, id_1005);
and ( id_737, id_735, id_1005);
buf ( id_401, id_1093);
and ( id_1560, id_1556, id_1559, id_894);
and ( id_1814, id_1758, id_1763, id_1801);
and ( id_1817, id_1754, id_1767, id_1805);
nand ( id_2216, id_2207, id_2214);
not ( id_227, id_1830);
not ( id_229, id_1553);
not ( id_493, id_492);
not ( id_499, id_498);
not ( id_505, id_504);
not ( id_511, id_510);
and ( id_521, id_519, id_748);
and ( id_527, id_525, id_748);
not ( id_534, id_533);
not ( id_540, id_539);
not ( id_584, id_580);
buf ( id_613, id_589);
buf ( id_617, id_589);
buf ( id_621, id_610);
buf ( id_625, id_610);
and ( id_676, id_1344, id_1355);
and ( id_695, id_693, id_994);
and ( id_701, id_699, id_994);
not ( id_708, id_707);
not ( id_714, id_713);
not ( id_720, id_719);
not ( id_726, id_725);
not ( id_732, id_731);
not ( id_738, id_737);
not ( id_1087, id_1093);
and ( id_1108, id_1344, id_1601);
not ( id_1361, id_1355);
and ( id_1369, id_1351, id_1355);
and ( id_1373, id_1959, id_1355);
and ( id_1377, id_1964, id_1355);
buf ( id_311, id_1560);
not ( id_1607, id_1601);
and ( id_1615, id_1351, id_1601);
and ( id_1619, id_1959, id_1601);
and ( id_1623, id_1964, id_1601);
nor ( id_1816, id_1814, id_1815);
nor ( id_1819, id_1817, id_1818);
not ( id_2726, id_2722);
not ( id_1842, id_1836);
and ( id_1858, id_1969, id_1836);
and ( id_1863, id_1974, id_1836);
and ( id_1866, id_1979, id_1836);
and ( id_1868, id_1984, id_1836);
and ( id_1870, id_1989, id_1850);
and ( id_1872, id_1994, id_1850);
and ( id_1874, id_1999, id_1850);
and ( id_1876, id_2070, id_1850);
not ( id_1904, id_1898);
and ( id_1920, id_1969, id_1898);
and ( id_1925, id_1974, id_1898);
and ( id_1928, id_1979, id_1898);
and ( id_1930, id_1984, id_1898);
and ( id_1932, id_1989, id_1912);
and ( id_1934, id_1994, id_1912);
and ( id_1936, id_1999, id_1912);
and ( id_1938, id_2070, id_1912);
not ( id_2203, id_2197);
not ( id_2204, id_2200);
not ( id_2223, id_2217);
not ( id_2224, id_2220);
nand ( id_2238, id_2215, id_2216);
not ( id_150, id_1560);
not ( id_522, id_521);
not ( id_528, id_527);
not ( id_696, id_695);
not ( id_702, id_701);
and ( id_1881, id_1866, id_1831);
and ( id_1883, id_1868, id_1831);
and ( id_1885, id_1870, id_1845);
and ( id_1887, id_1872, id_1845);
and ( id_1889, id_1874, id_1845);
and ( id_1891, id_1876, id_1845);
and ( id_1943, id_1928, id_1893);
and ( id_1945, id_1930, id_1893);
and ( id_1947, id_1932, id_1907);
and ( id_1949, id_1934, id_1907);
and ( id_1951, id_1936, id_1907);
and ( id_1953, id_1938, id_1907);
nand ( id_2205, id_2200, id_2203);
nand ( id_2206, id_2197, id_2204);
nand ( id_2225, id_2220, id_2223);
nand ( id_2226, id_2217, id_2224);
nand ( id_2719, id_1819, id_1816);
not ( id_616, id_613);
not ( id_620, id_617);
not ( id_624, id_621);
not ( id_628, id_625);
and ( id_630, id_580, id_571, id_613);
and ( id_633, id_584, id_575, id_617);
and ( id_636, id_601, id_592, id_621);
and ( id_639, id_605, id_596, id_625);
nand ( id_645, id_2238, id_2241);
not ( id_2242, id_2238);
and ( id_675, id_1999, id_1361);
and ( id_1107, id_1999, id_1607);
and ( id_1368, id_2070, id_1361);
and ( id_1371, id_2076, id_1361);
and ( id_1375, id_2082, id_1361);
and ( id_1614, id_2070, id_1607);
and ( id_1617, id_2076, id_1607);
and ( id_1621, id_2082, id_1607);
and ( id_1856, id_2088, id_1842);
and ( id_1861, id_2094, id_1842);
and ( id_1918, id_2088, id_1904);
and ( id_1923, id_2094, id_1904);
nand ( id_2230, id_2205, id_2206);
nand ( id_2246, id_2225, id_2226);
buf ( id_2270, id_511);
buf ( id_2278, id_505);
buf ( id_2286, id_499);
buf ( id_2294, id_493);
buf ( id_2302, id_540);
buf ( id_2310, id_534);
buf ( id_2358, id_738);
buf ( id_2366, id_732);
buf ( id_2374, id_726);
buf ( id_2382, id_720);
buf ( id_2390, id_714);
buf ( id_2398, id_708);
and ( id_629, id_575, id_580, id_616);
and ( id_632, id_571, id_584, id_620);
and ( id_635, id_596, id_601, id_624);
and ( id_638, id_592, id_605, id_628);
nand ( id_646, id_2235, id_2242);
or ( id_677, id_675, id_676);
nand ( id_1827, id_2719, id_2726);
and ( id_907, id_1891, id_511);
and ( id_915, id_1889, id_505);
and ( id_922, id_1887, id_499);
and ( id_924, id_493, id_1885);
and ( id_937, id_1883, id_540);
and ( id_946, id_1881, id_534);
or ( id_1109, id_1107, id_1108);
and ( id_1125, id_1953, id_738);
and ( id_1133, id_1951, id_732);
and ( id_1140, id_1949, id_726);
and ( id_1142, id_720, id_1947);
and ( id_1155, id_1945, id_714);
and ( id_1164, id_1943, id_708);
or ( id_1378, id_1368, id_1369);
or ( id_1380, id_1371, id_1373);
or ( id_1382, id_1375, id_1377);
or ( id_1624, id_1614, id_1615);
or ( id_1626, id_1617, id_1619);
or ( id_1628, id_1621, id_1623);
not ( id_2725, id_2719);
or ( id_1859, id_1856, id_1858);
or ( id_1864, id_1861, id_1863);
or ( id_1921, id_1918, id_1920);
or ( id_1926, id_1923, id_1925);
buf ( id_2267, id_1891);
buf ( id_2275, id_1889);
buf ( id_2283, id_1887);
buf ( id_2291, id_1885);
buf ( id_2299, id_1883);
buf ( id_2307, id_1881);
buf ( id_2318, id_528);
buf ( id_2326, id_522);
buf ( id_2355, id_1953);
buf ( id_2363, id_1951);
buf ( id_2371, id_1949);
buf ( id_2379, id_1947);
buf ( id_2387, id_1945);
buf ( id_2395, id_1943);
buf ( id_2406, id_702);
buf ( id_2414, id_696);
nand ( id_647, id_645, id_646);
nor ( id_631, id_629, id_630);
nor ( id_634, id_632, id_633);
nor ( id_637, id_635, id_636);
nor ( id_640, id_638, id_639);
not ( id_2234, id_2230);
not ( id_2250, id_2246);
and ( id_679, id_677, id_1031);
nand ( id_1826, id_2722, id_2725);
not ( id_2274, id_2270);
not ( id_2282, id_2278);
not ( id_2290, id_2286);
not ( id_2298, id_2294);
not ( id_2306, id_2302);
not ( id_2314, id_2310);
and ( id_1110, id_1109, id_1031);
not ( id_2362, id_2358);
not ( id_2370, id_2366);
not ( id_2378, id_2374);
not ( id_2386, id_2382);
not ( id_2394, id_2390);
not ( id_2402, id_2398);
and ( id_1877, id_1859, id_1831);
and ( id_1879, id_1864, id_1831);
and ( id_1939, id_1921, id_1893);
and ( id_1941, id_1926, id_1893);
and ( id_143, id_647, id_865);
and ( id_671, id_1380, id_1043);
and ( id_674, id_1378, id_1035);
nand ( id_686, id_1826, id_1827);
not ( id_2273, id_2267);
nand ( id_900, id_2267, id_2274);
not ( id_2281, id_2275);
nand ( id_909, id_2275, id_2282);
not ( id_2289, id_2283);
nand ( id_917, id_2283, id_2290);
not ( id_2297, id_2291);
nand ( id_926, id_2291, id_2298);
not ( id_2305, id_2299);
nand ( id_929, id_2299, id_2306);
not ( id_2313, id_2307);
nand ( id_939, id_2307, id_2314);
not ( id_2322, id_2318);
not ( id_2330, id_2326);
and ( id_967, id_1382, id_1051);
and ( id_1104, id_1626, id_1043);
and ( id_1106, id_1624, id_1035);
not ( id_2361, id_2355);
nand ( id_1118, id_2355, id_2362);
not ( id_2369, id_2363);
nand ( id_1127, id_2363, id_2370);
not ( id_2377, id_2371);
nand ( id_1135, id_2371, id_2378);
not ( id_2385, id_2379);
nand ( id_1144, id_2379, id_2386);
not ( id_2393, id_2387);
nand ( id_1147, id_2387, id_2394);
not ( id_2401, id_2395);
nand ( id_1157, id_2395, id_2402);
not ( id_2410, id_2406);
not ( id_2418, id_2414);
and ( id_1184, id_1628, id_1051);
nand ( id_2227, id_634, id_631);
nand ( id_2243, id_640, id_637);
buf ( id_2251, id_1380);
buf ( id_2259, id_1378);
buf ( id_2331, id_1382);
buf ( id_2339, id_1626);
buf ( id_2347, id_1624);
buf ( id_2419, id_1628);
or ( id_145, id_143, id_144);
not ( id_687, id_686);
nand ( id_899, id_2270, id_2273);
nand ( id_908, id_2278, id_2281);
nand ( id_916, id_2286, id_2289);
nand ( id_925, id_2294, id_2297);
nand ( id_928, id_2302, id_2305);
nand ( id_938, id_2310, id_2313);
and ( id_954, id_1879, id_528);
and ( id_961, id_1877, id_522);
nand ( id_1117, id_2358, id_2361);
nand ( id_1126, id_2366, id_2369);
nand ( id_1134, id_2374, id_2377);
nand ( id_1143, id_2382, id_2385);
nand ( id_1146, id_2390, id_2393);
nand ( id_1156, id_2398, id_2401);
and ( id_1172, id_1941, id_702);
and ( id_1179, id_1939, id_696);
buf ( id_2315, id_1879);
buf ( id_2323, id_1877);
buf ( id_2403, id_1941);
buf ( id_2411, id_1939);
not ( id_2233, id_2227);
nand ( id_642, id_2227, id_2234);
not ( id_2249, id_2243);
nand ( id_649, id_2243, id_2250);
not ( id_2257, id_2251);
nand ( id_665, id_2251, id_2258);
nand ( id_684, id_2259, id_2266);
not ( id_2265, id_2259);
and ( id_688, id_687, id_487);
nand ( id_901, id_899, id_900);
nand ( id_910, id_908, id_909);
nand ( id_918, id_916, id_917);
nand ( id_927, id_925, id_926);
nand ( id_930, id_928, id_929);
nand ( id_940, id_938, id_939);
not ( id_2337, id_2331);
nand ( id_963, id_2331, id_2338);
not ( id_2345, id_2339);
nand ( id_1099, id_2339, id_2346);
nand ( id_1115, id_2347, id_2354);
not ( id_2353, id_2347);
nand ( id_1119, id_1117, id_1118);
nand ( id_1128, id_1126, id_1127);
nand ( id_1136, id_1134, id_1135);
nand ( id_1145, id_1143, id_1144);
nand ( id_1148, id_1146, id_1147);
nand ( id_1158, id_1156, id_1157);
not ( id_2425, id_2419);
nand ( id_1181, id_2419, id_2426);
nand ( id_641, id_2230, id_2233);
nand ( id_648, id_2246, id_2249);
nand ( id_664, id_2254, id_2257);
nand ( id_683, id_2262, id_2265);
buf ( id_395, id_688);
not ( id_2321, id_2315);
nand ( id_948, id_2315, id_2322);
not ( id_2329, id_2323);
nand ( id_956, id_2323, id_2330);
nand ( id_962, id_2334, id_2337);
nand ( id_1098, id_2342, id_2345);
nand ( id_1114, id_2350, id_2353);
not ( id_2409, id_2403);
nand ( id_1166, id_2403, id_2410);
not ( id_2417, id_2411);
nand ( id_1174, id_2411, id_2418);
nand ( id_1180, id_2422, id_2425);
nand ( id_643, id_641, id_642);
nand ( id_650, id_648, id_649);
nand ( id_666, id_664, id_665);
nand ( id_681, id_683, id_684);
not ( id_690, id_688);
nand ( id_947, id_2318, id_2321);
nand ( id_955, id_2326, id_2329);
nand ( id_964, id_962, id_963);
and ( id_968, id_910, id_927, id_918, id_901);
and ( id_970, id_901, id_915);
and ( id_971, id_910, id_901, id_922);
and ( id_972, id_918, id_901, id_924, id_910);
and ( id_978, id_930, id_946);
and ( id_979, id_940, id_930, id_954);
nand ( id_1100, id_1098, id_1099);
nand ( id_1112, id_1114, id_1115);
nand ( id_1165, id_2406, id_2409);
nand ( id_1173, id_2414, id_2417);
nand ( id_1182, id_1180, id_1181);
and ( id_1185, id_1128, id_1145, id_1136, id_1119);
and ( id_1187, id_1119, id_1133);
and ( id_1188, id_1128, id_1119, id_1140);
and ( id_1189, id_1136, id_1119, id_1142, id_1128);
and ( id_1195, id_1148, id_1164);
and ( id_1196, id_1158, id_1148, id_1172);
not ( id_644, id_643);
and ( id_884, id_650, id_868);
nand ( id_949, id_947, id_948);
nand ( id_957, id_955, id_956);
not ( id_969, id_968);
or ( id_973, id_907, id_970, id_971, id_972);
nand ( id_1167, id_1165, id_1166);
nand ( id_1175, id_1173, id_1174);
not ( id_1186, id_1185);
or ( id_1190, id_1125, id_1187, id_1188, id_1189);
and ( id_680, id_666, id_674);
and ( id_682, id_681, id_666, id_679);
or ( id_895, id_883, id_884);
and ( id_1025, id_644, id_487);
and ( id_1111, id_1100, id_1106);
and ( id_1113, id_1112, id_1100, id_1110);
or ( id_685, id_671, id_680, id_682);
buf ( id_295, id_895);
buf ( id_331, id_895);
not ( id_976, id_973);
and ( id_977, id_940, id_964, id_949, id_930, id_957);
and ( id_980, id_949, id_930, id_961, id_940);
and ( id_981, id_957, id_949, id_930, id_967, id_940);
buf ( id_397, id_1025);
or ( id_1116, id_1104, id_1111, id_1113);
not ( id_1193, id_1190);
and ( id_1194, id_1158, id_1182, id_1167, id_1148, id_1175);
and ( id_1197, id_1167, id_1148, id_1179, id_1158);
and ( id_1198, id_1175, id_1167, id_1148, id_1184, id_1158);
or ( id_982, id_937, id_978, id_979, id_980, id_981);
and ( id_983, id_977, id_685);
nand ( id_988, id_976, id_969);
not ( id_1027, id_1025);
or ( id_1199, id_1155, id_1195, id_1196, id_1197, id_1198);
and ( id_1200, id_1194, id_1116);
nand ( id_1205, id_1193, id_1186);
or ( id_984, id_982, id_983);
and ( id_1085, id_690, id_1027, id_1830);
or ( id_1201, id_1199, id_1200);
not ( id_987, id_984);
and ( id_990, id_988, id_984);
not ( id_1204, id_1201);
and ( id_1207, id_1205, id_1201);
and ( id_989, id_973, id_987);
and ( id_1206, id_1190, id_1204);
or ( id_991, id_989, id_990);
or ( id_1208, id_1206, id_1207);
buf ( id_329, id_1208);
nand ( id_1221, id_1208, id_991);
and ( id_1238, id_1208, id_1221);
and ( id_1239, id_1221, id_991);
or ( id_1240, id_1238, id_1239);
not ( id_1247, id_1240);
and ( id_471, id_1240, id_1247);
or ( id_473, id_471, id_1247);
//not ( id_231, id_473);
and ( id_1088, id_1553, id_1087, id_473);
and ( id_1089, id_1085, id_1088, id_554);
buf ( id_308, id_1089);
not ( id_225, id_1089);

endmodule